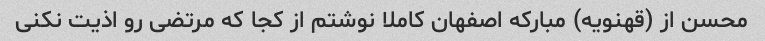
محسن از (قهنویه) مبارکه اصفهان کاملا نوشتم از کجا که مرتضی رو اذیت نکنی